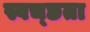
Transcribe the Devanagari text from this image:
स्वच्‍छता